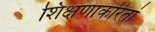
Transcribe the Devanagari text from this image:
शिक्षणाकरितां